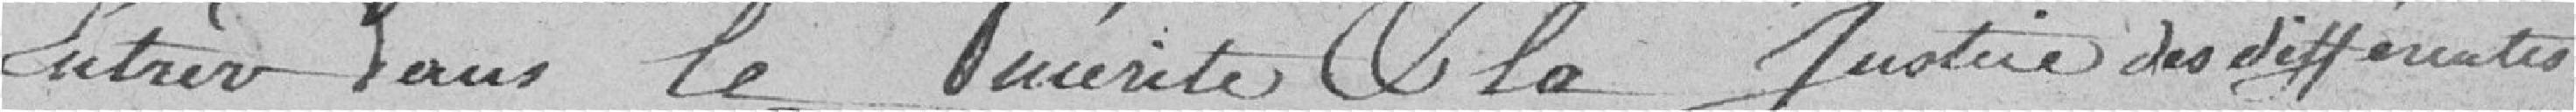
entrer dans le ??? et la justice des différentes